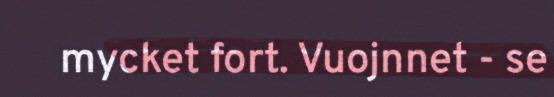
mycket fort. Vuojnnet - se